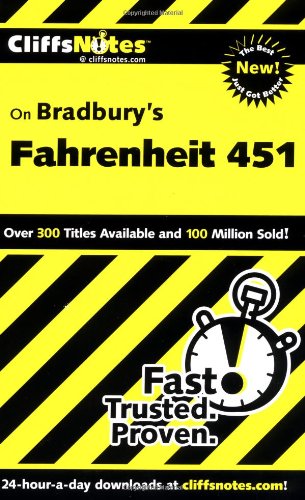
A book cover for CliffsNotes on Bradbury's Fahrenheit 451; Kristi Hiner; Literature & Fiction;